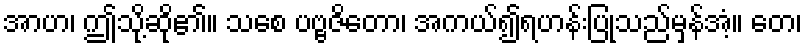
အာဟ၊ ဤသို့ဆို၏။ သစေ ပဗ္ဗဇိတော၊ အကယ်၍ရဟန်းပြုသည်မှန်အံ့။ တေ၊